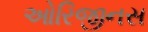
ઓરિજીનસ